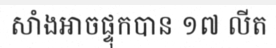
សាំងអាចផ្ទុកបាន ១៧ លីត